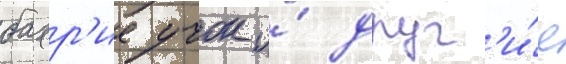
бахр'ие учок и́ друг'и́е